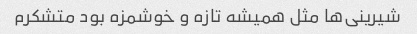
شیرینی‌ها مثل همیشه تازه و خوشمزه بود متشکرم